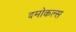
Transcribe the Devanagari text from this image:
दमोकल्स